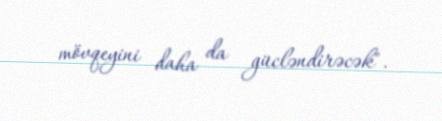
mövqeyini daha da gücləndirəcək".